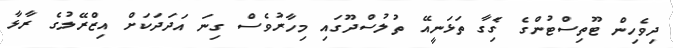
ދިވެހިން ޓޫތިސްޓުންގެ ގަެިގާ ތަޅަނީއޭ ތުލުސްދޫގައި މިހާރުވެސް ގިނަ އަދަދަކަށް އިޒްރޭލުގެ ރާޅާ